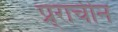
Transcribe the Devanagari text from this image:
प्र्राचीन